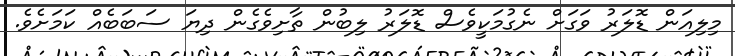
މިލިއަން ޑޮލަރު ވަގަށް ނެގުމަކީވެސް ޑޮލަރު ލިބުން ތާށިވެގެން ދިޔަ ސަބަބެއް ކަމަށެވެ.